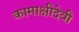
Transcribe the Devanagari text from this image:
कामाक्षीदेवी